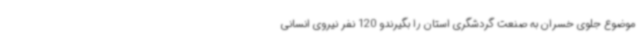
موضوع جلوی خسران به صنعت گردشگری استان را بگیرندو 120 نفر نیروی انسانی